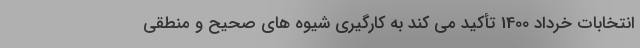
انتخابات خرداد 1400 تأکید می کند به کارگیری شیوه های صحیح و منطقی